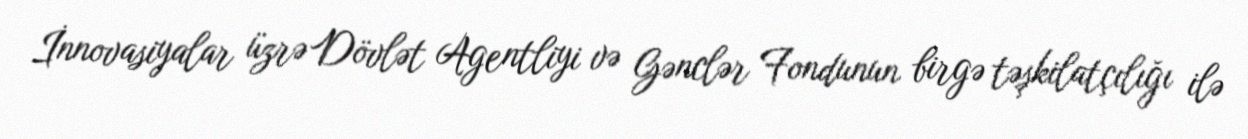
İnnovasiyalar üzrə Dövlət Agentliyi və Gənclər Fondunun birgə təşkilatçılığı ilə